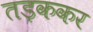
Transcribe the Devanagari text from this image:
तड़ककर